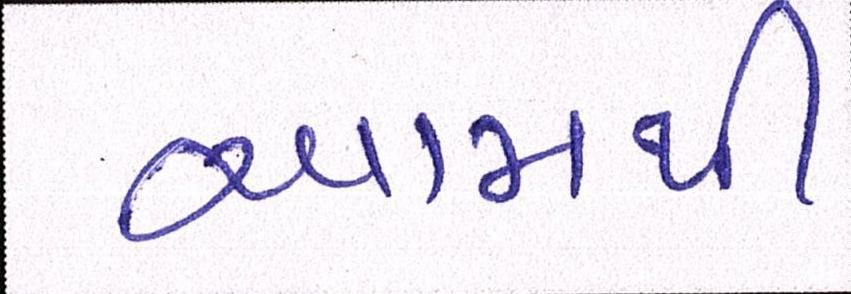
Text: આમથી